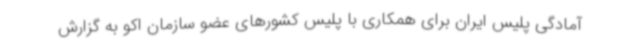
آمادگی پلیس ایران برای همکاری با پلیس کشورهای عضو سازمان اکو به گزارش